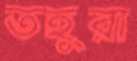
তহুরা